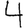
Digit: 4